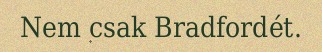
Nem csak Bradfordét.